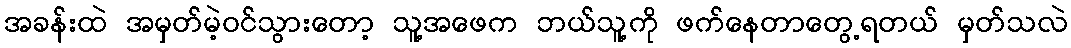
အခန်းထဲ အမှတ်မဲ့ဝင်သွားတော့ သူ့အဖေက ဘယ်သူ့ကို ဖက်နေတာတွေ့ရတယ် မှတ်သလဲ